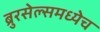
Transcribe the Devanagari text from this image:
ब्रुरसेल्समध्येच